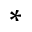
^ *